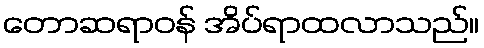
တောဆရာဝန် အိပ်ရာထလာသည်။